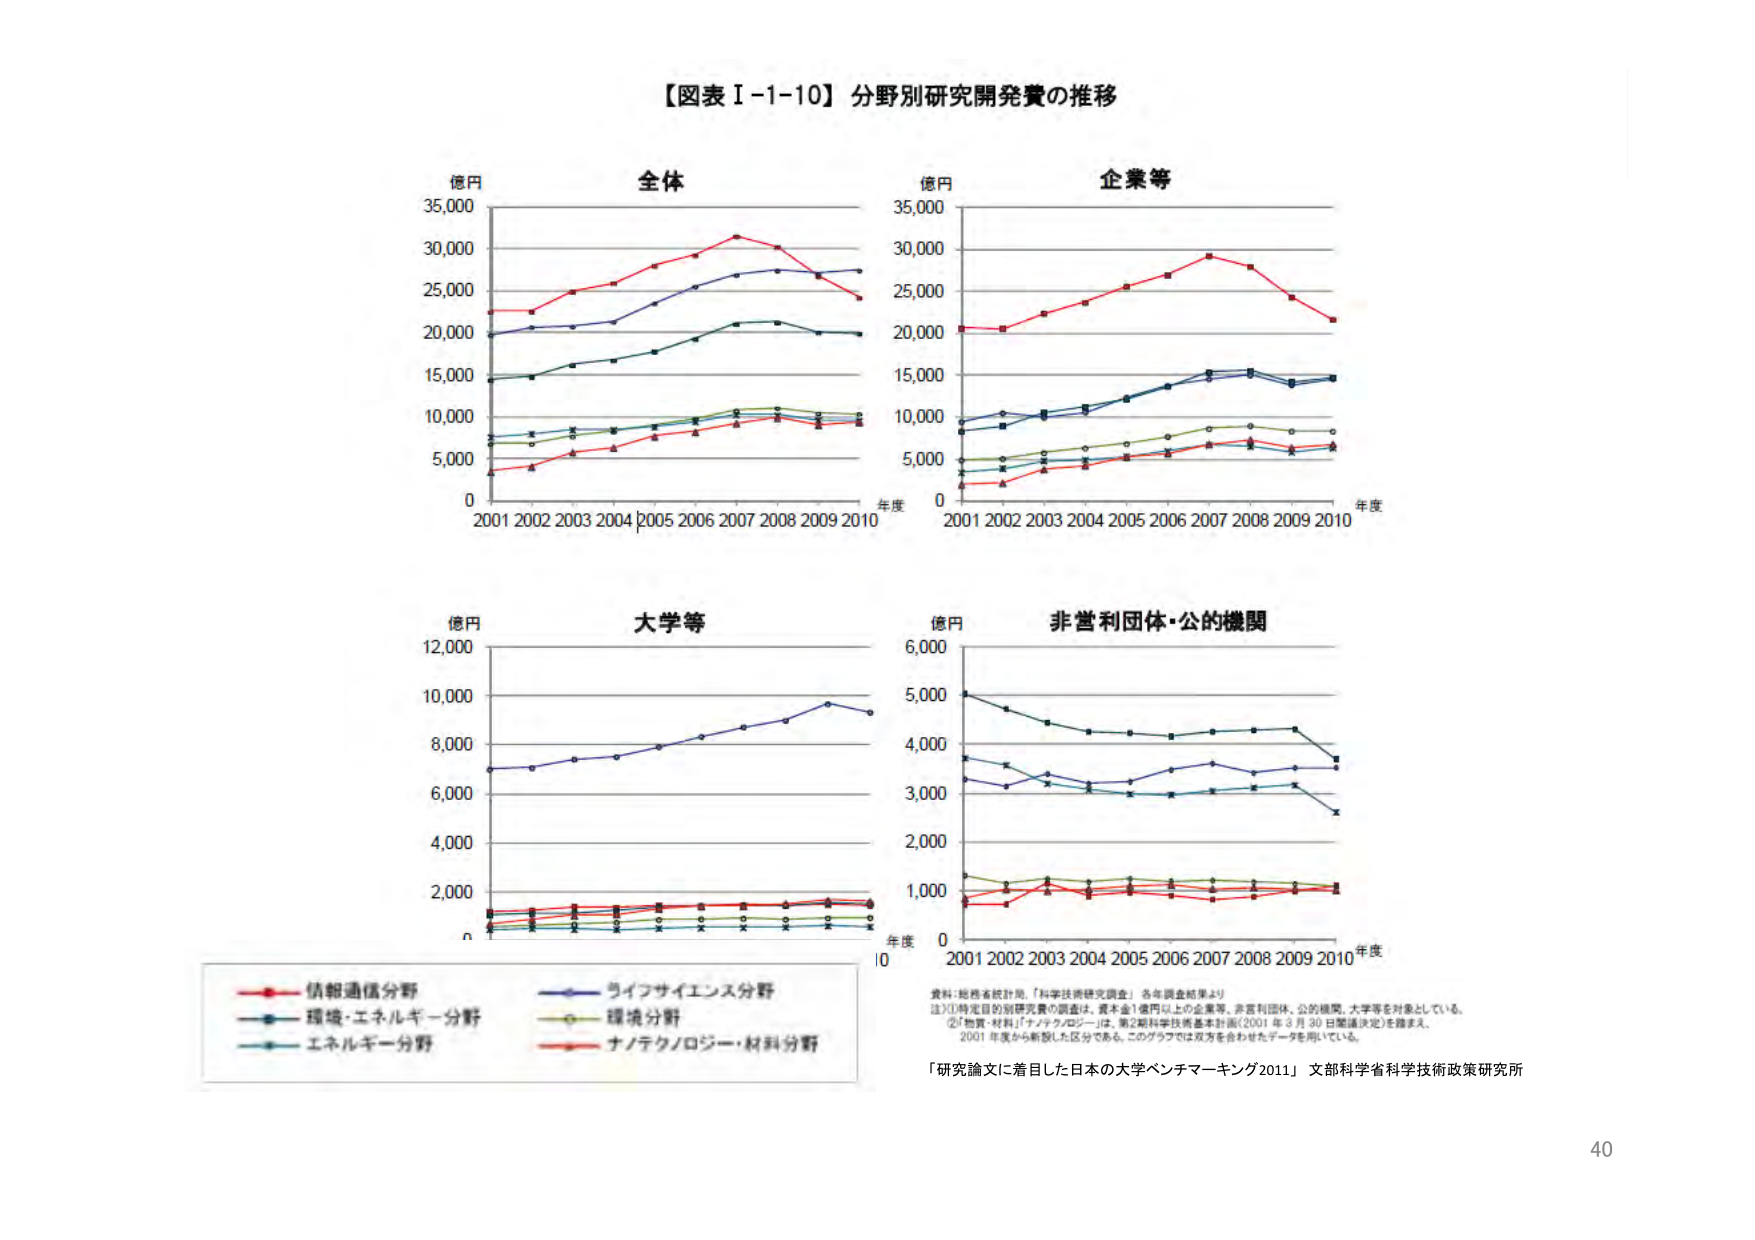
【図表Ⅰ-1-10】分野別研究開発費の推移

億円
全体
35,000
30,000
25,000
20,000
15,000
10,000
5,000
0
2001 2002 2003 2004 2005 2006 2007 2008 2009 2010
年度

億円
企業等
35,000
30,000
25,000
20,000
15,000
10,000
5,000
0
2001 2002 2003 2004 2005 2006 2007 2008 2009 2010
年度

億円
大学等
12,000
10,000
8,000
6,000
4,000
2,000
0
2001 2002 2003 2004 2005 2006 2007 2008 2009 2010
年度

億円
非営利団体・公的機関
6,000
5,000
4,000
3,000
2,000
1,000
0
2001 2002 2003 2004 2005 2006 2007 2008 2009 2010
年度

情報通信分野
ライフサイエンス分野
環境・エネルギー分野
環境分野
エネルギー分野
ナノテクノロジー・材料分野

資料：総務省統計局、「科学技術研究調査」各年調査結果より
注）①特定目的別研究費の調査は、資本金1億円以上の企業等、非営利団体、公的機関、大学等を対象としている。
②「物質・材料」「ナノテクノロジー」は、第2期科学技術基本計画（2001年3月30日閣議決定）を踏まえ、
2001年度から新設した区分である。このグラフでは双方を合わせたデータを用いている。

「研究論文に着目した日本の大学ベンチマーキング2011」 文部科学省科学技術政策研究所

40